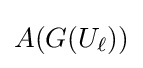
A(G(U_{\ell }))